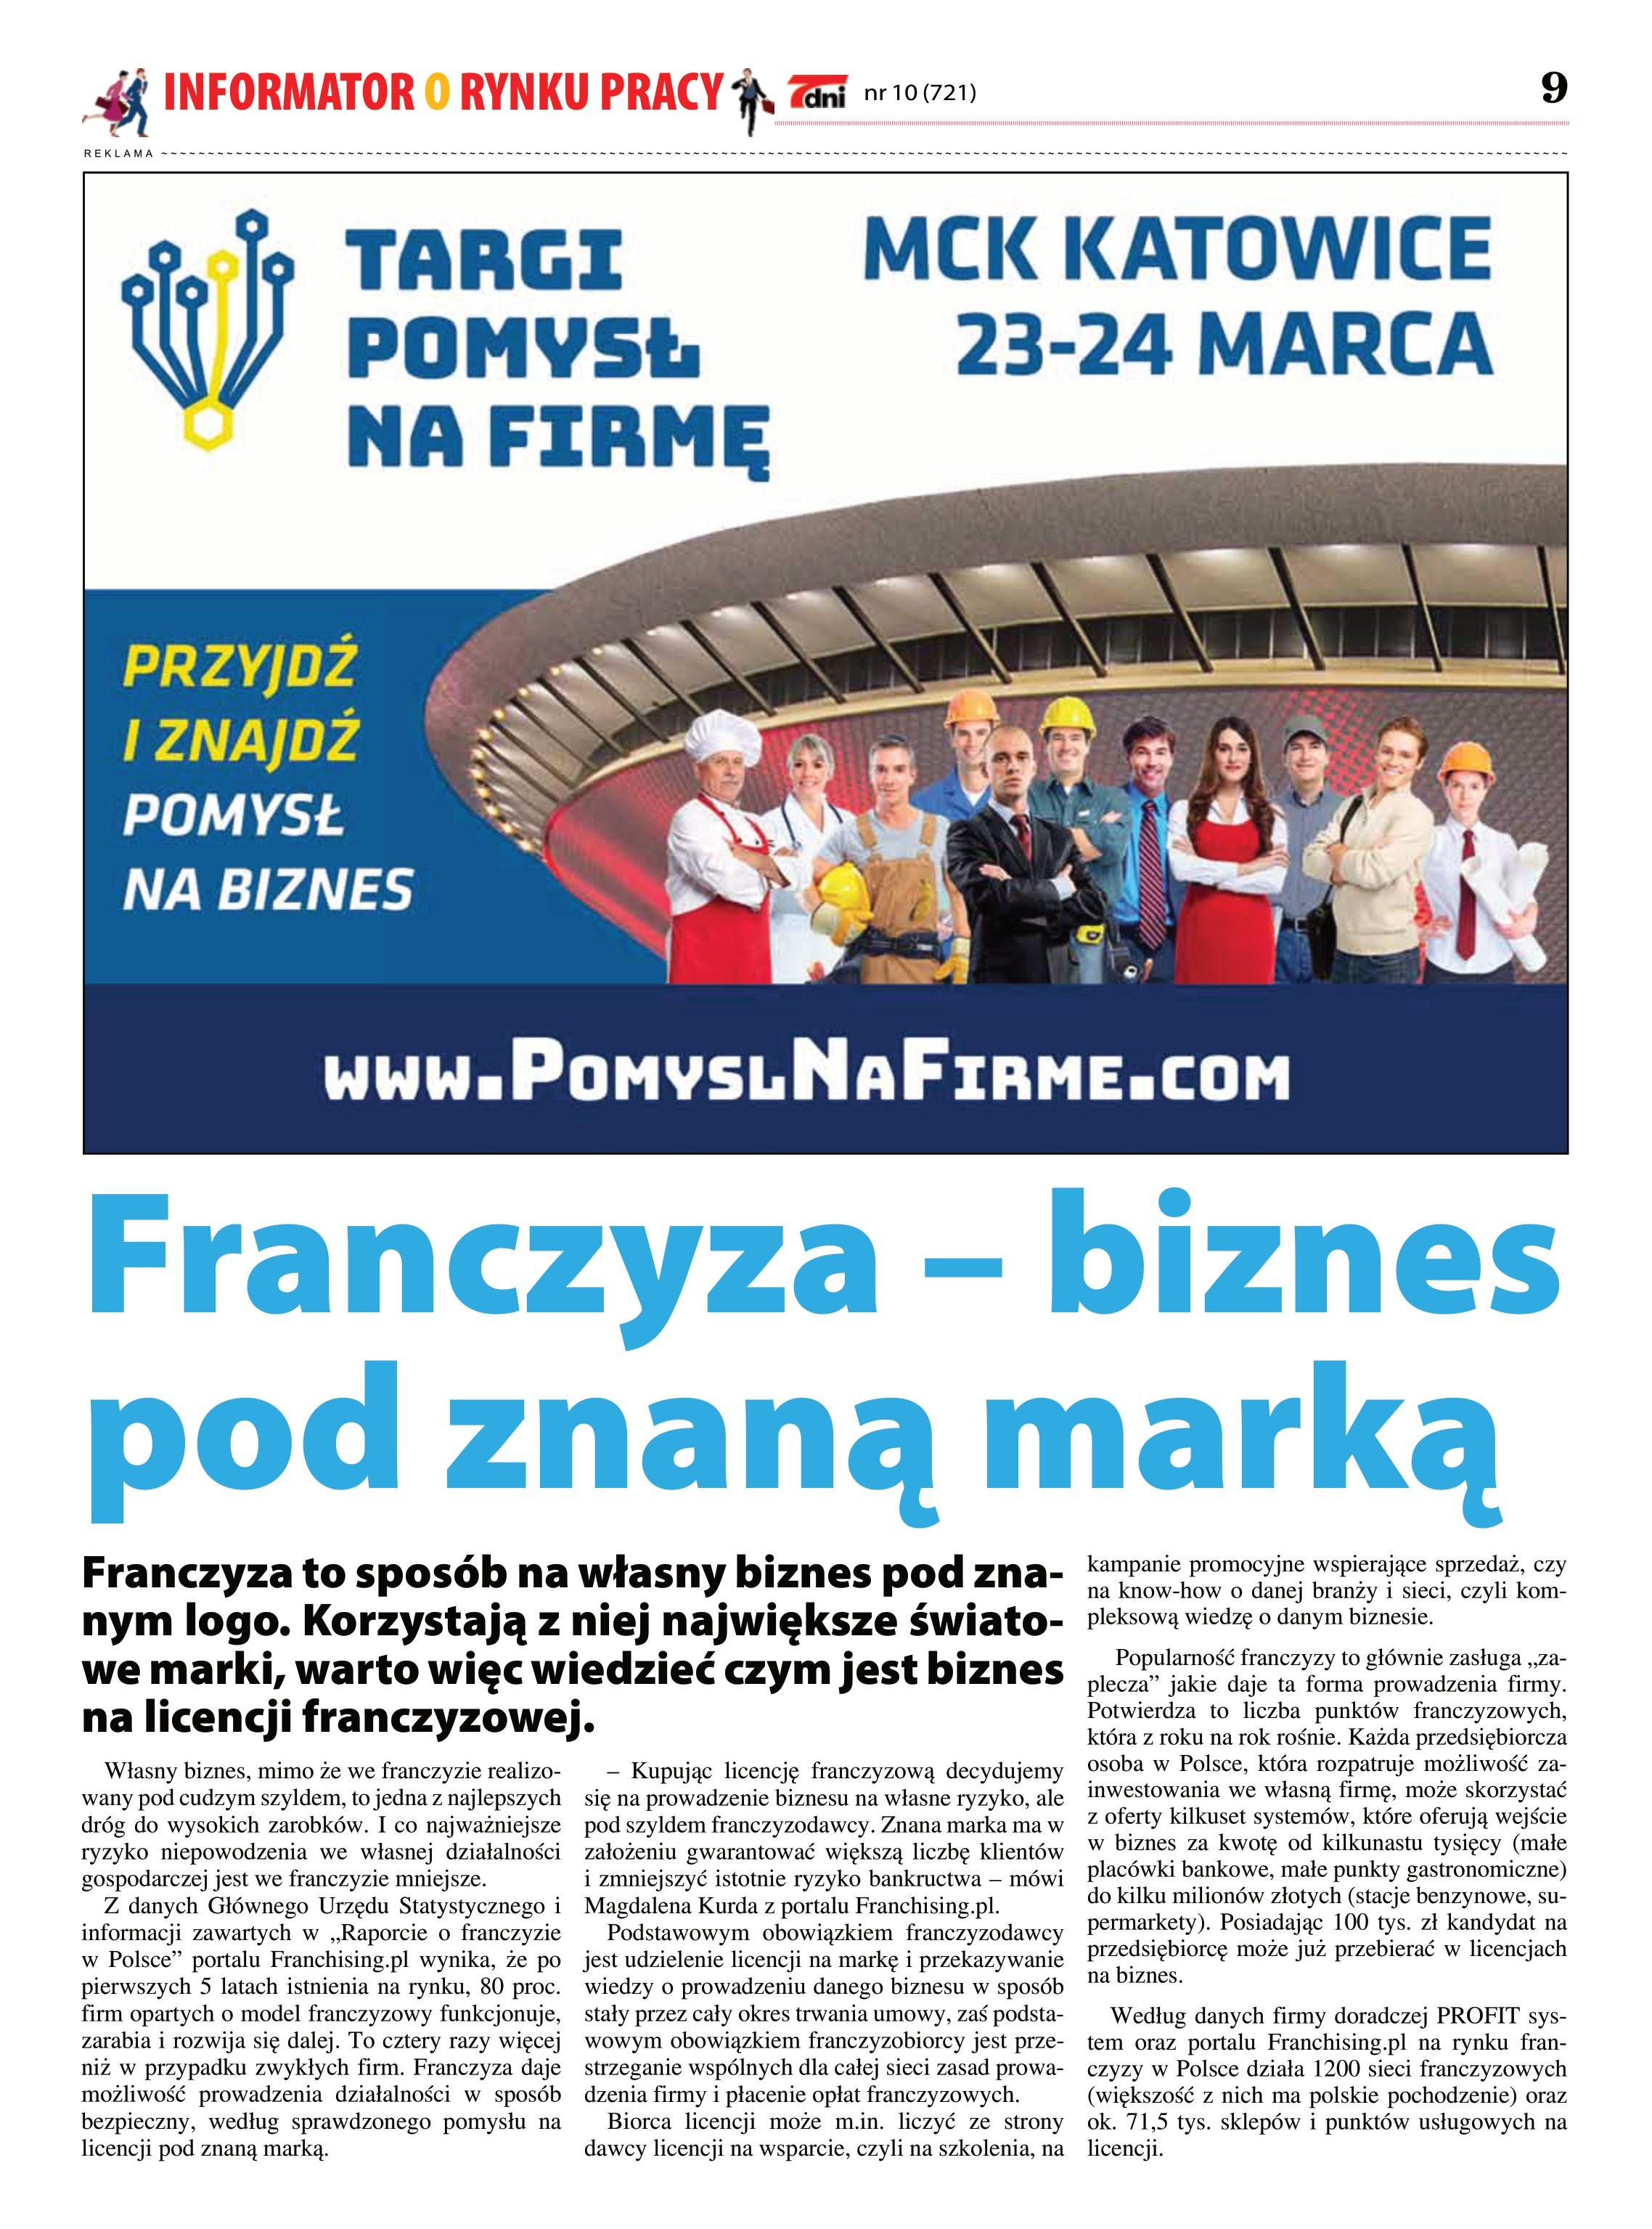
Language: pl